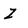
Character: z